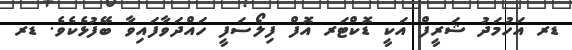
ޑރ އަހުމަދު ޝަރީފް އަކީ ޑޮކްޓަރ އޮފް ފިލޯސަފީ ހައްދަވާފައިވާ ބޭފުޅެކެވެ. ޑރ